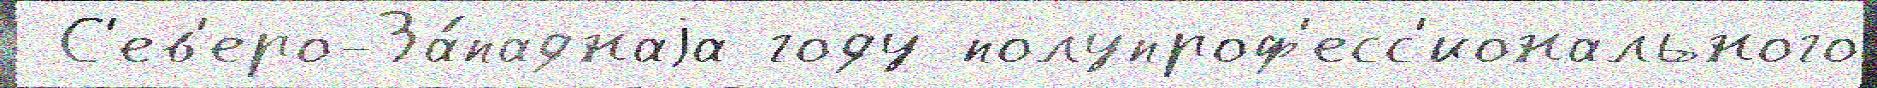
 С'ев'еро-За́паднаjа году полупроф'есс'ионального